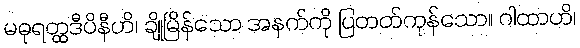
မဓုရတ္ထဒီပိနီဟိ၊ ချိုမြိန်သော အနက်ကို ပြတတ်ကုန်သော။ ဂါထာဟိ၊